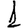
Digit: 1